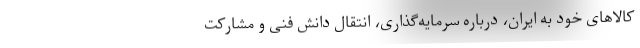
کالاهای خود به ایران، درباره سرمایه‌گذاری، انتقال دانش فنی و مشارکت